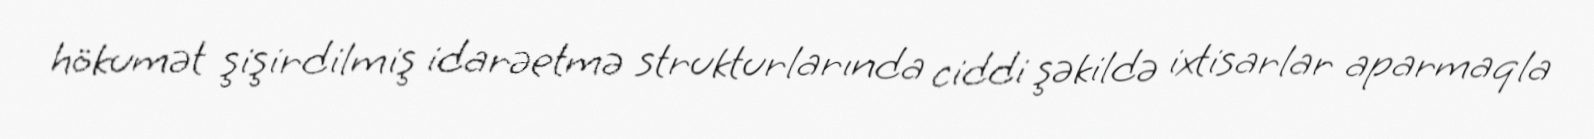
hökumət şişirdilmiş idarəetmə strukturlarında ciddi şəkildə ixtisarlar aparmaqla